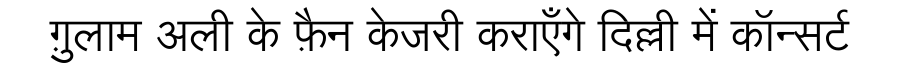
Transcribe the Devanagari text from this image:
ग़ुलाम अली के फ़ैन केजरी कराएँगे दिल्ली में कॉन्सर्ट